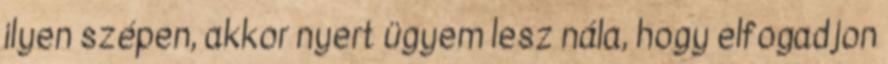
ilyen szépen, akkor nyert ügyem lesz nála, hogy elfogadjon